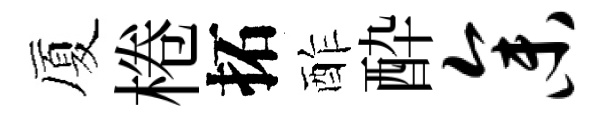
厦棬拓酢酔参